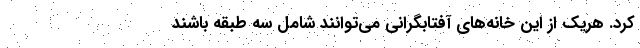
کرد. هریک از این خانه‌های آفتابگرانی می‌توانند شامل سه طبقه باشند